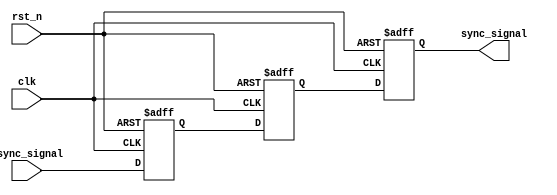
module metastability_detector (
    input wire async_signal,   // Asynchronous input signal
    input wire clk,            // Synchronous clock signal
    input wire rst_n,          // Active low asynchronous reset
    output reg sync_signal      // Synchronized output signal
);

    // Internal signals for the two flip-flops
    reg ff1, ff2;

    // First flip-flop (FF1) - captures the async_signal on the rising edge of clk
    always @(posedge clk or negedge rst_n) begin
        if (!rst_n) begin
            ff1 <= 1'b0;  // Reset FF1 to known state
        end else begin
            ff1 <= async_signal;  // Capture async_signal
        end
    end

    // Second flip-flop (FF2) - captures the output of FF1 on the next rising edge of clk
    always @(posedge clk or negedge rst_n) begin
        if (!rst_n) begin
            ff2 <= 1'b0;  // Reset FF2 to known state
        end else begin
            ff2 <= ff1;  // Capture output of FF1
        end
    end

    // Output signal is the output of the second flip-flop
    always @(posedge clk or negedge rst_n) begin
        if (!rst_n) begin
            sync_signal <= 1'b0;  // Reset sync_signal to known state
        end else begin
            sync_signal <= ff2;  // Output the synchronized signal
        end
    end

endmodule